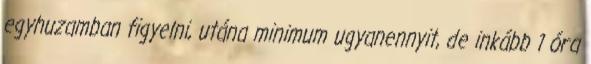
egyhuzamban figyelni, utána minimum ugyanennyit, de inkább 1 óra